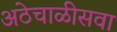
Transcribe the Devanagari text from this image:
अठेचाळीसवा